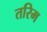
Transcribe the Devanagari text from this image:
तरिम